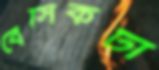
বেসিকটা